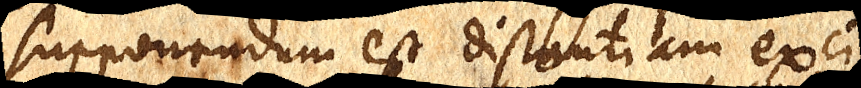
supponendum est distantiam exci–